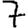
Digit: 7